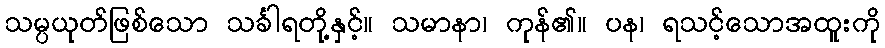
သမ္ပယုတ်ဖြစ်သော သင်္ခါရတို့နှင့်။ သမာနာ၊ ကုန်၏။ ပန၊ ရသင့်သောအထူးကို